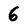
Character: 6